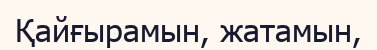
Қайғырамын, жатамын,